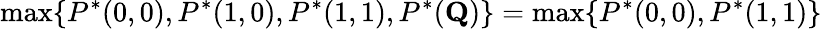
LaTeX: \operatorname*{max}\{ P^{*}(0,0),P^{*}(1,0),P^{*}(1,1),P^{*}(\mathbf{Q})\} =\operatorname*{max}\{ P^{*}(0,0),P^{*}(1,1)\}